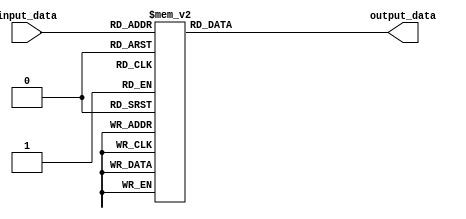
module generate_case (
    input [2:0] input_data,
    output reg [3:0] output_data
);

always @ (*)
begin
    case(input_data)
        3'b000: output_data = 4'b0000;
        3'b001: output_data = 4'b0001;
        3'b010: output_data = 4'b0010;
        3'b011: output_data = 4'b0011;
        3'b100: output_data = 4'b0100;
        3'b101: output_data = 4'b0101;
        3'b110: output_data = 4'b0110;
        3'b111: output_data = 4'b0111;
    endcase
end
endmodule